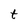
Character: t